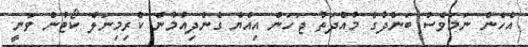
އެހެން ނަމަވެސް ބަންދުގެ މުއްދަތު ޖަހަން އިއްޔެ ގެންދިއުމުން ކްރިމިނަލް ކޯޓުން ވަނީ